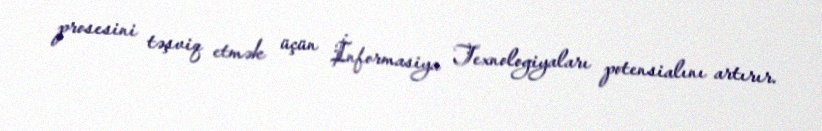
prosesini təşviq etmək üçün İnformasiya Texnologiyaları potensialını artırır.